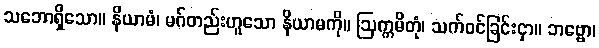
သဘောရှိသော။ နိယာမံ၊ မဂ်တည်းဟူသော နိယာမကို။ ဩက္ကမိတုံ၊ သက်ဝင်ခြင်းငှာ။ ဘဗ္ဗော၊